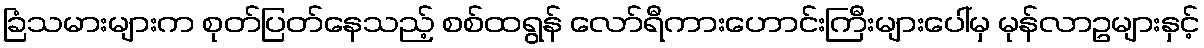
ခြံသမားများက စုတ်ပြတ်နေသည့် စစ်ထရွန် လော်ရီကားဟောင်းကြီးများပေါ်မှ မုန်လာဥများနှင့်